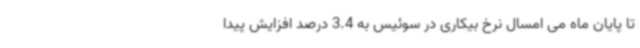
تا پایان ماه می امسال نرخ بیکاری در سوئیس به 3.4 درصد افزایش پیدا